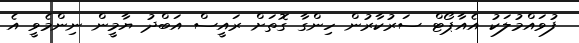
ފުވައްމުލަކު އެއާޕޯޓް ސަރުކާރުން ހިންގާ ގޮތަށް ރައީސް އަބްދު ޔާމީން ނިންމެވީ އެ